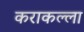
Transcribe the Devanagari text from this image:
कराकल्ला